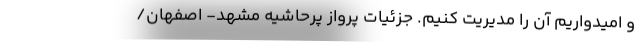
و امیدواریم آن را مدیریت کنیم. جزئیات پرواز پرحاشیه مشهد- اصفهان/